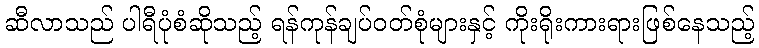
ဆီလာသည် ပါရီပုံစံဆိုသည့် ရန်ကုန်ချပ်ဝတ်စုံများနှင့် ကိုးရိုးကားရားဖြစ်နေသည့်